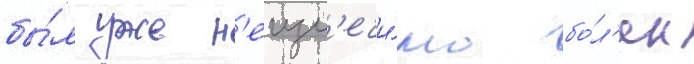
бы́л уже н'еизл'ечи́мо бо́л'ен